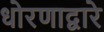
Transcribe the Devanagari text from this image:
धोरणाद्वारे